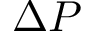
\Delta P